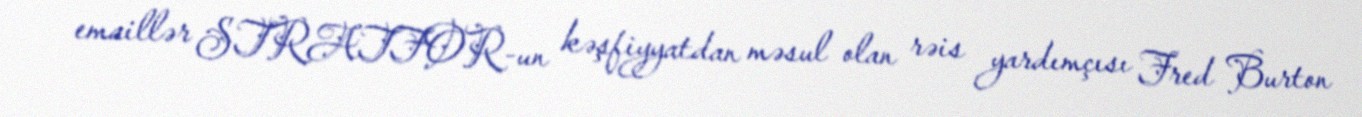
emaillər STRATFOR-un kəşfiyyatdan məsul olan rəis yardımçısı Fred Burton